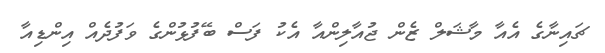
ޗައިނާގެ އެއާ މާޝަލް ޒެން ޖުއާލިންއާ އެކު ފަސް ބޭފުޅުންގެ ވަފުދެއް އިންޑިއާ